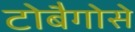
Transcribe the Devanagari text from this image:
टोबैगोसे